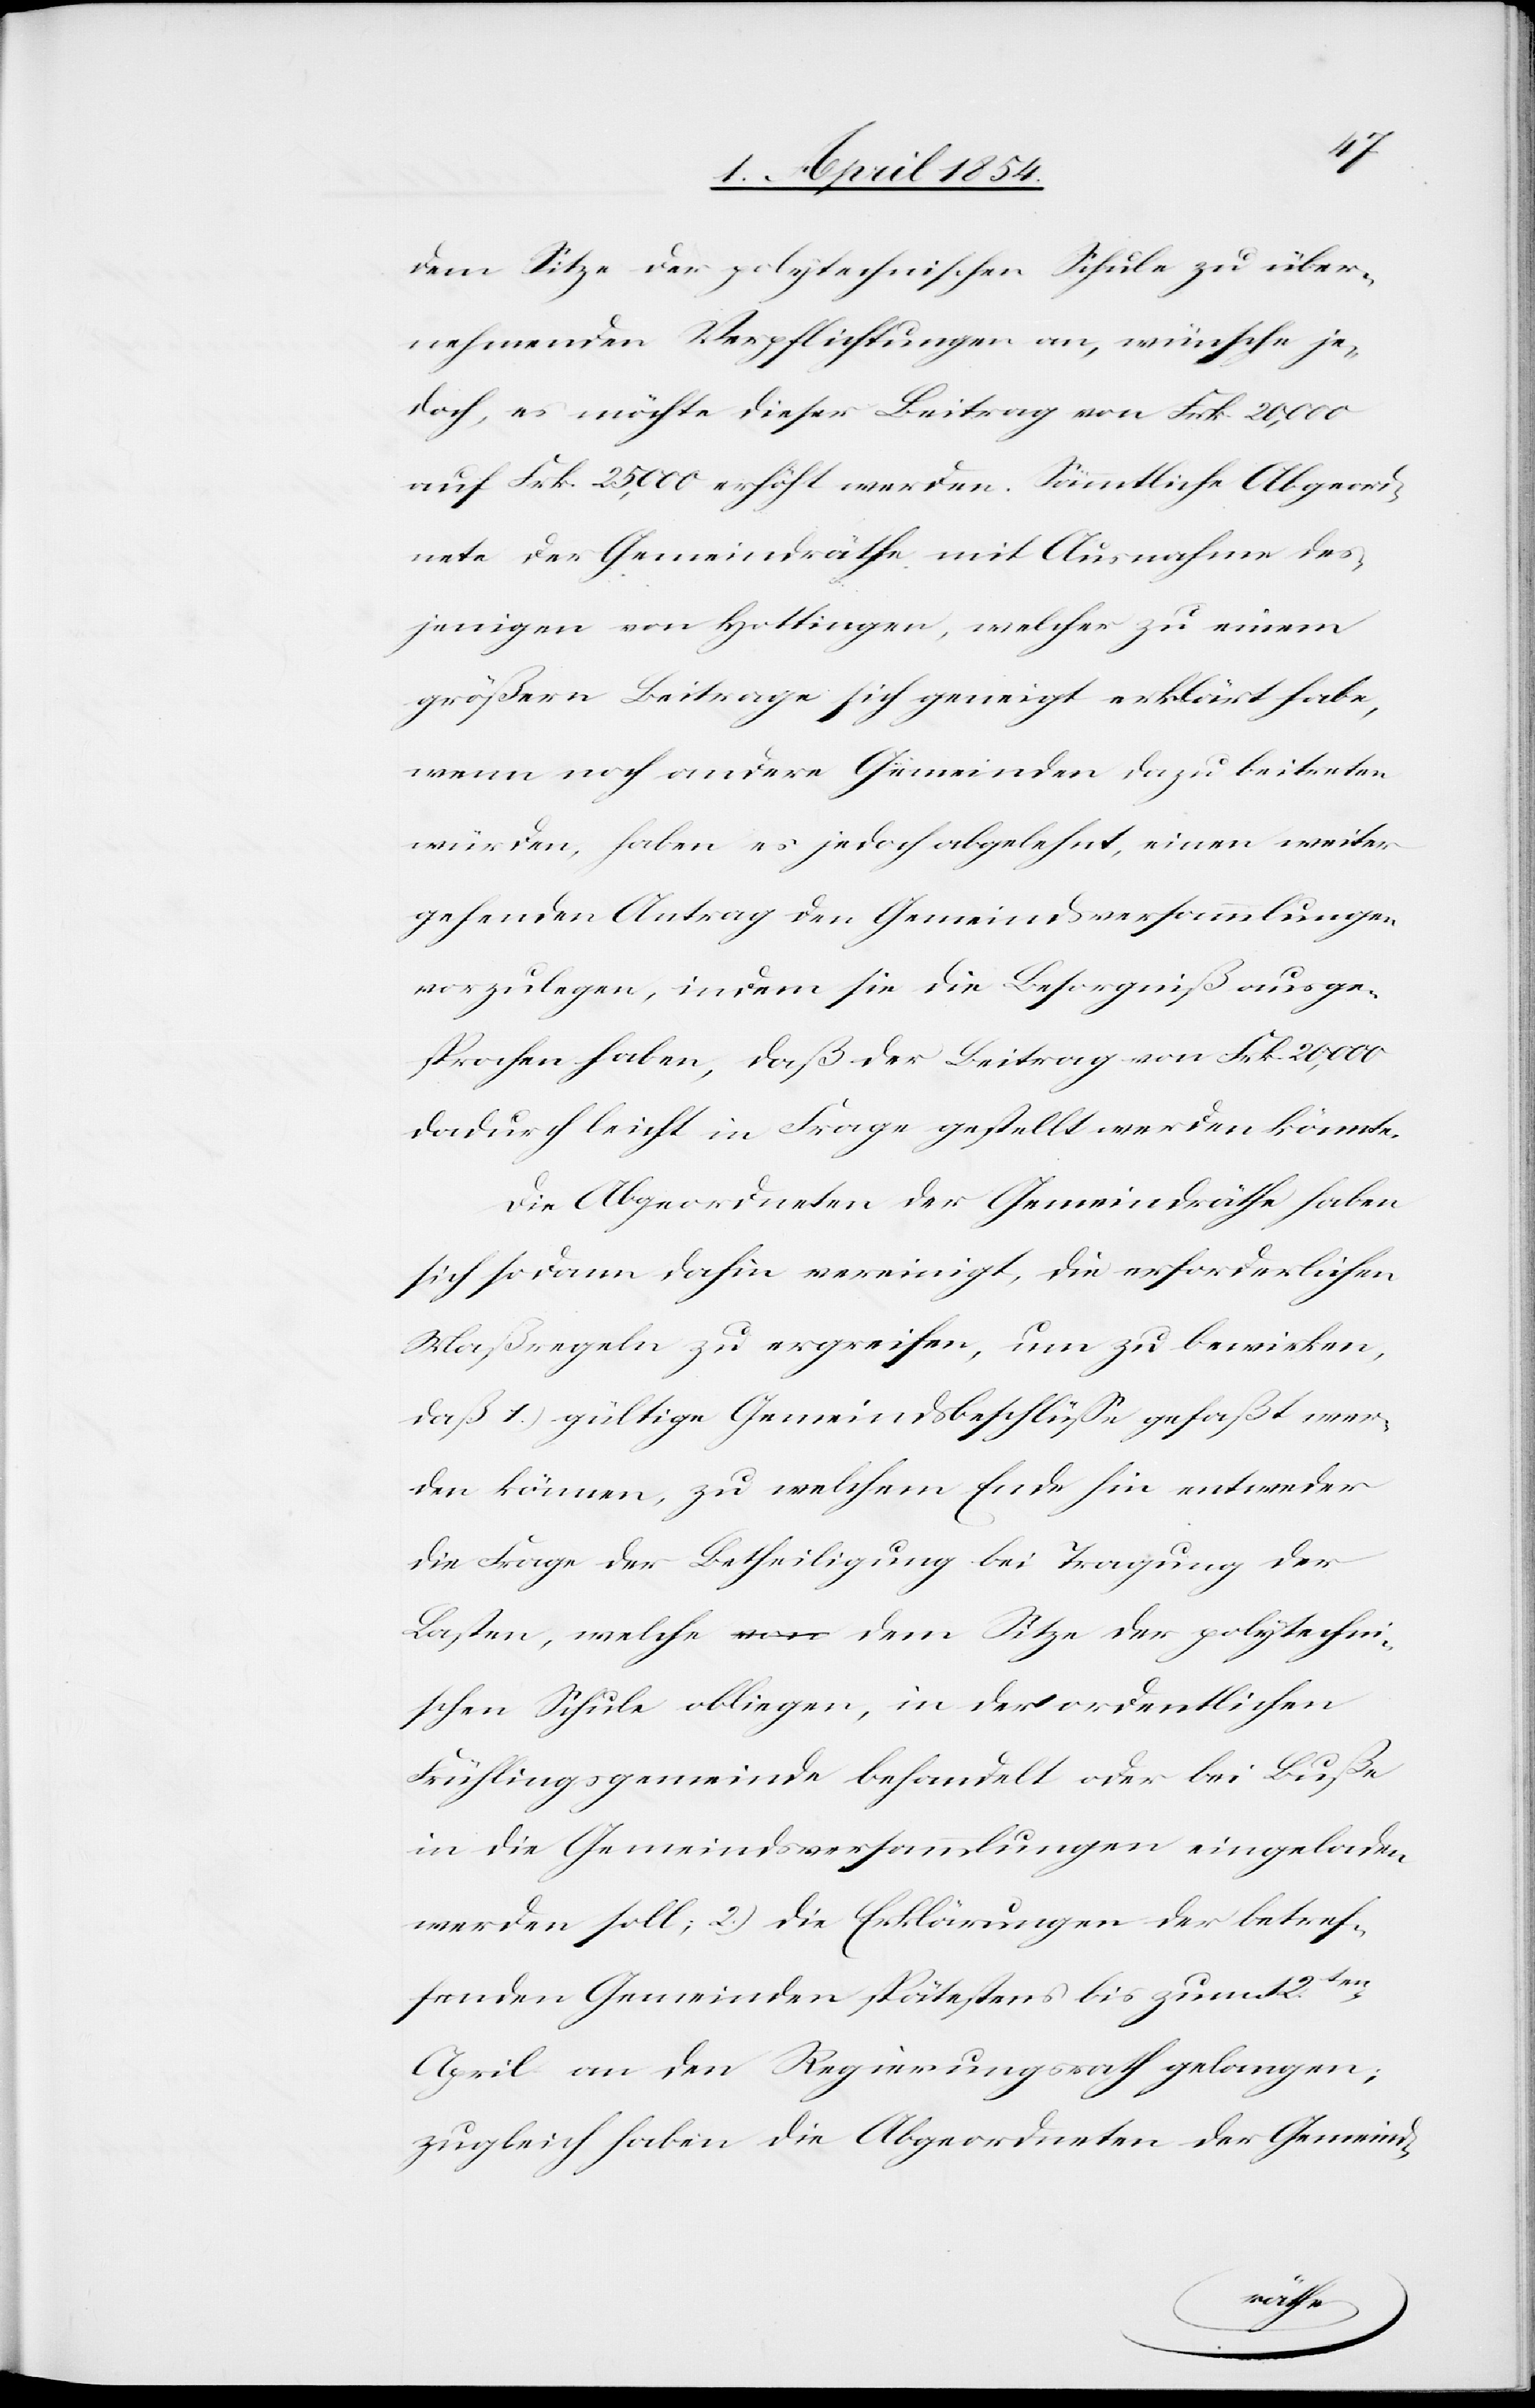
dem Sitze der polytechnischen Schule zu über¬
nehmenden Verpflichtungen an, wünsche je¬
doch, es möchte dieser Beitrag von Frk. 20,000
auf Frk. 25,000 erhöht werden. Sämmtliche Abgeord¬
neten der Gemeindräthe mit Ausnahme des¬
jenigen von Hottingen, welcher zu einem
größern Beitrage sich geneigt erklärt habe,
wenn noch andere Gemeinen dazu beitreten
würden, haben es jedoch abgelehnt, einen weiter
gehenden Antrag den Gemeindsversammlungen
vorzulegen, indem sie die Besorgniß ausge¬
sprochen haben, daß der Beitrag von Frk. 20,000
dadurch leicht in Frage gestellt werden könnte.
Die Abgeordneten der Gemeindräthe haben
sich sodann dahin vereinigt, die erforderlichen
Maßregeln zu ergreifen, um zu bewirken,
daß 1.) gültige Gemeindsbeschlüße gefaßt wer¬
den können, zu welchem Ende hin entweder
die Frage der Betheiligung bei Tragung der
Lasten, welche dem Sitze der polytechni¬
schen Schule obliegen, in der ordentlichen
Frühlingsgemeinde behandelt oder bei Buße
in die Gemeindsversammlungen eingeladen
werden soll; 2.) die Erklärungen der betref¬
fenden Gemeinden spätestens bis zum
April an den Regierungsrath gelangen;
zugleich haben die Abgeordneten der Gemeind-